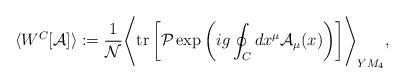
\begin{align*}\langle W^C [{\cal A}] \rangle := {1 \over {\cal N}}\Biggr\langle {\rm tr} \left[ {\cal P} \exp \left( i g \oint_C dx^\mu {\cal A}_\mu(x) \right) \right] \Biggr\rangle_{YM_4} ,\end{align*}